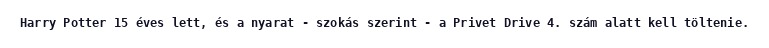
Harry Potter 15 éves lett, és a nyarat - szokás szerint - a Privet Drive 4. szám alatt kell töltenie.